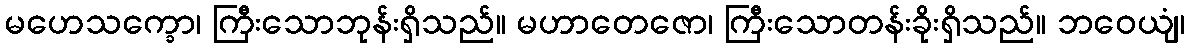
မဟေသက္ခော၊ ကြီးသောဘုန်းရှိသည်။ မဟာတေဇော၊ ကြီးသောတန်းခိုးရှိသည်။ ဘဝေယျံ၊